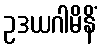
ဥဒယဂါမိနိံ